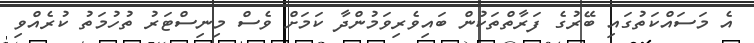
އެ މަސައްކަތުގައި ބޭރުގެ ފަރާތްތަކުން ބައިވެރިވަމުންދާ ކަމަށް ވެސް މިނިސްޓަރު ތުހުމަތު ކުރެއްވި